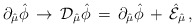
\begin{align*}\partial_{\hat{\mu}}\hat{\phi}\,\rightarrow\, {\cal D}_{\hat{\mu}}\hat{\phi}\,=\, \partial_{\hat{\mu}}\hat{\phi}\,+\,\hat{\cal E}_{\hat{\mu}} \, ,\end{align*}